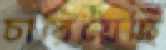
চারিয়েছি